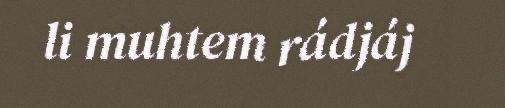
li muhtem rádjáj